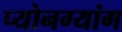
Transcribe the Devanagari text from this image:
प्योनग्यांग